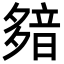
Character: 𩐞